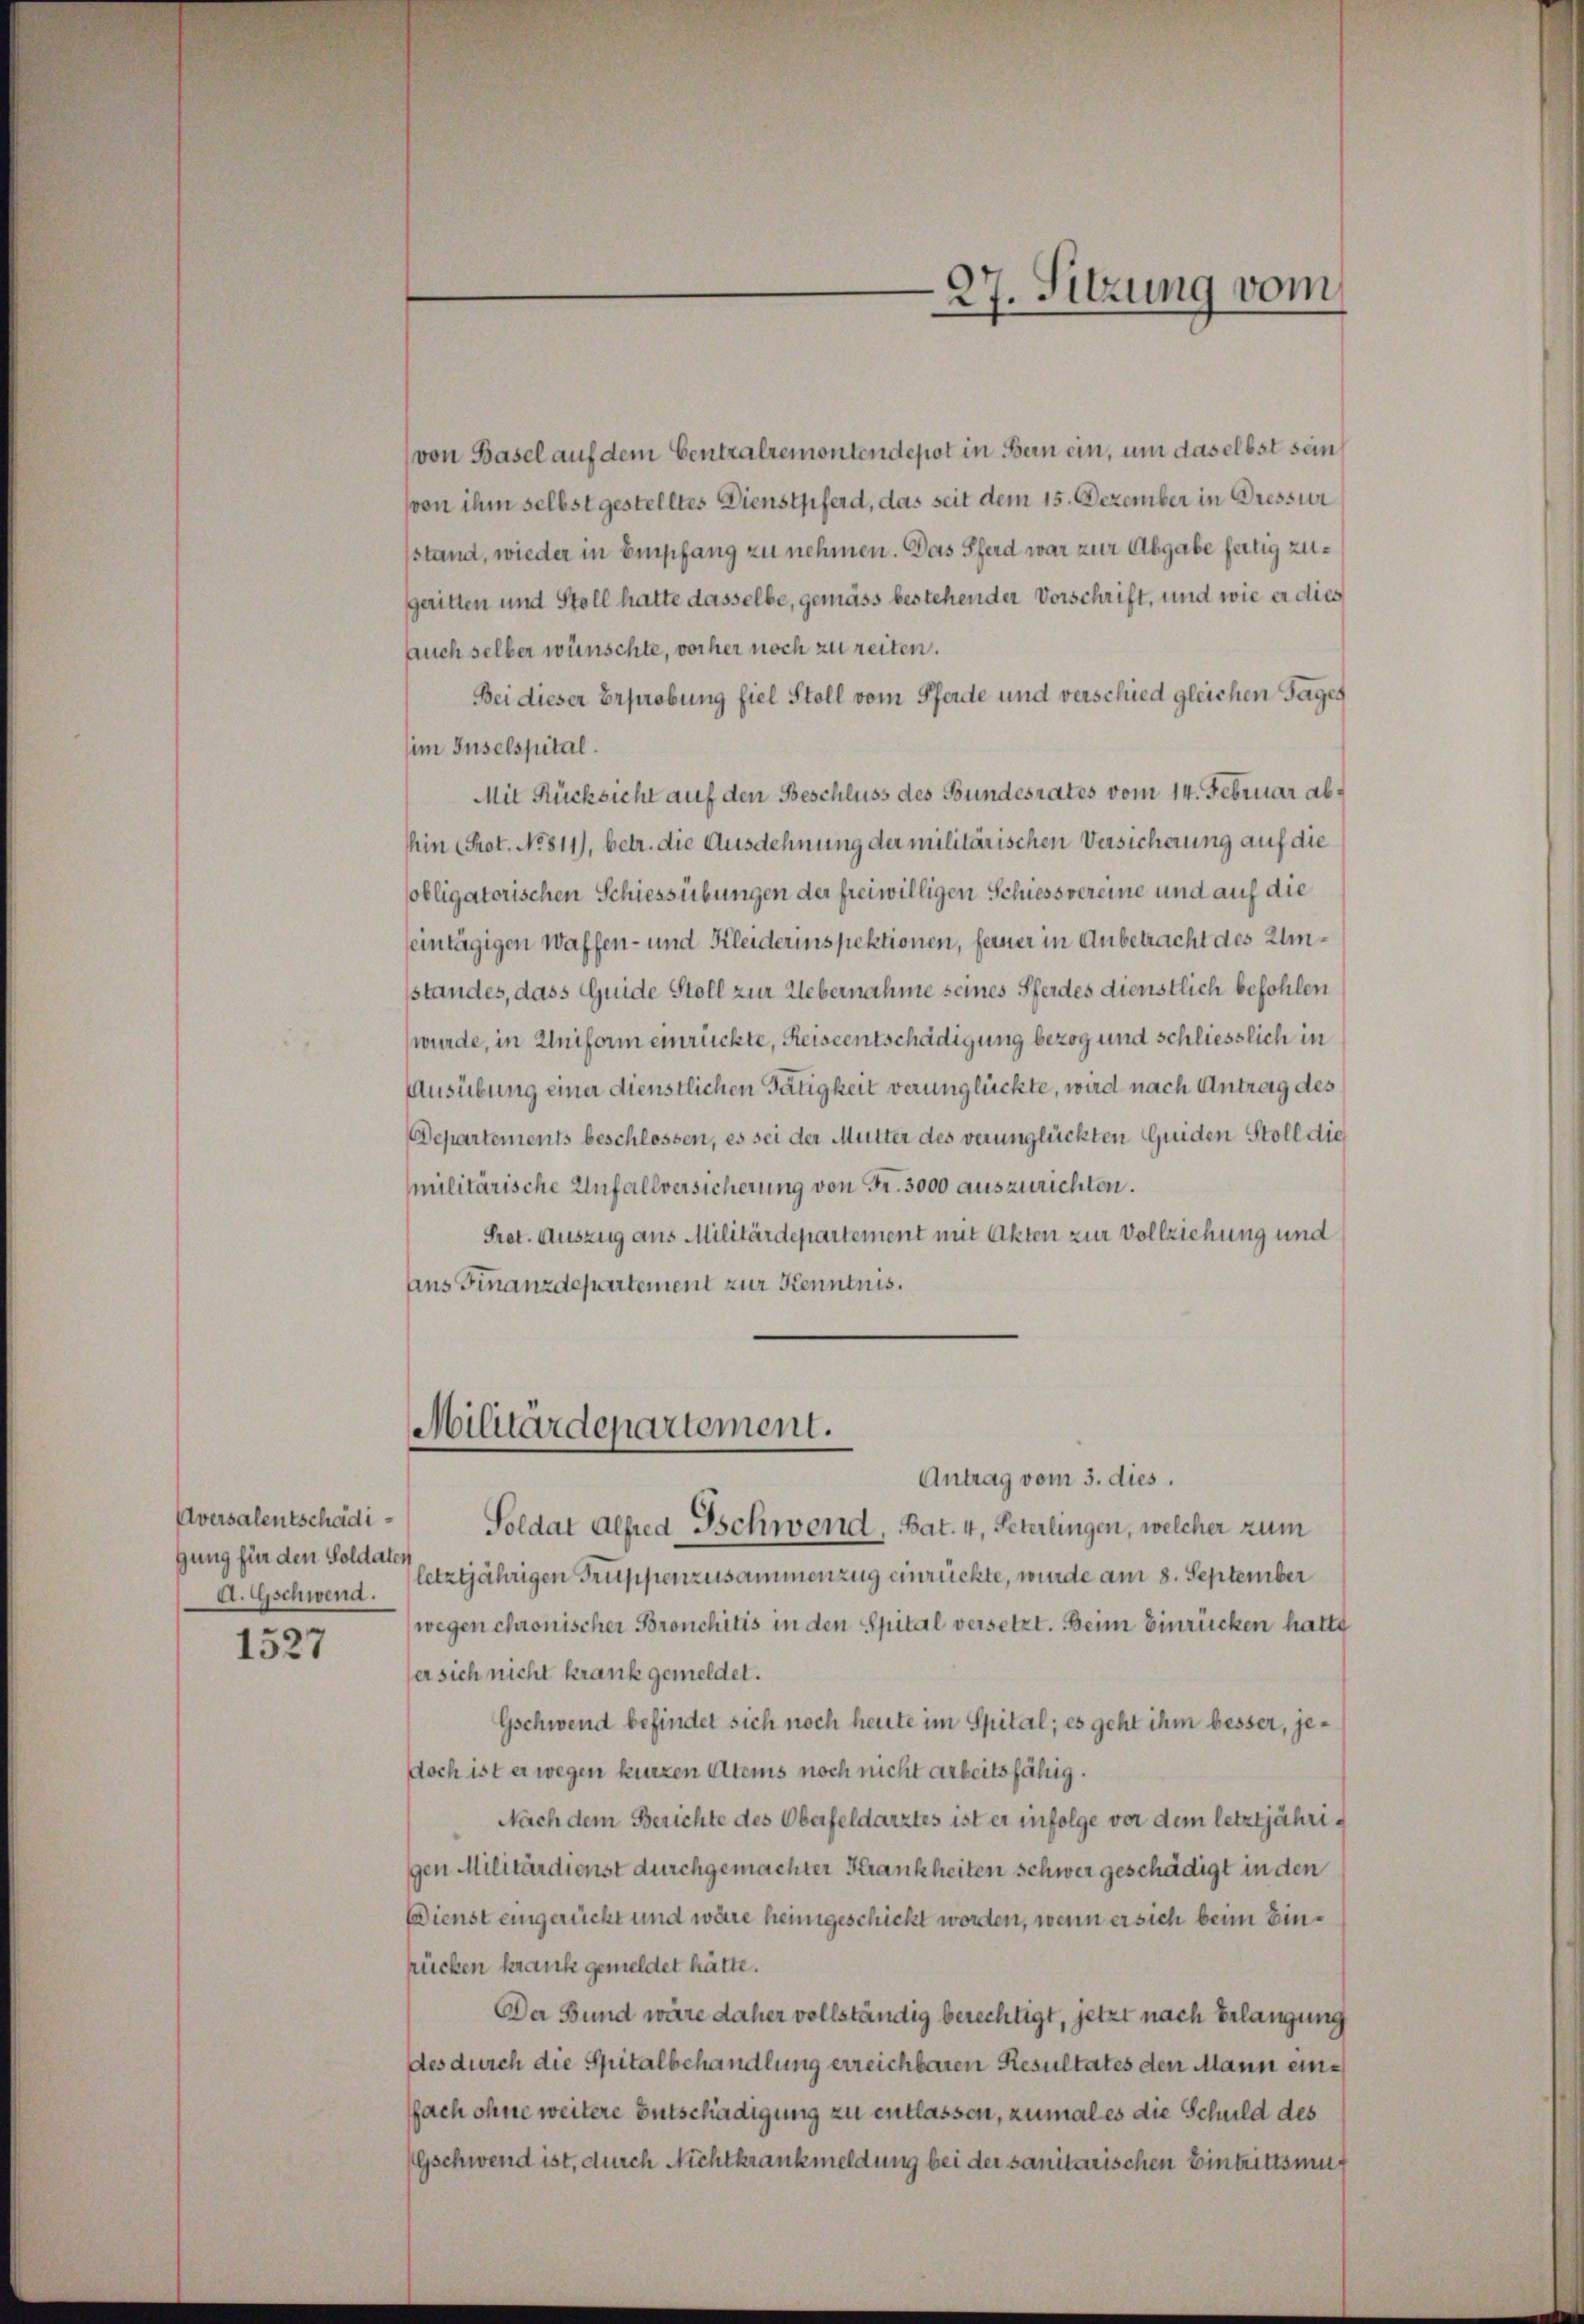
Aversalentschädigung für den Soldaten
A. Gschwend.
1527

von Basel auf dem Centralremontendepot in Bern ein, um daselbst sein
(von ihm selbst gestelltes Dienstpferd, das seit dem 15. Dezember in Dressur
sstand, wieder in Empfang zu nehmen. Das Pferd war zur Abgabe fertig zugeritten und Stell hatte dasselbe, gemäss bestehender Vorschrift, und wie er dies
auch selber wünschte, vorher noch zu reiten.
Bei dieser Erprobung fiel Stoll vom Pferde und verschied gleichen Tages
im Inselspital.
Mit Rücksicht auf den Beschluss des Bundesrates vom 14. Februar abin (Prot. No. 811), betr. die Ausdehnung der militärischen Versicherung auf die
sobligatorischen Schiessübungen der freiwilligen Schiessvereine und auf die
eintägigen Waffen- und Kleiderinspektionen, ferner in Anbetracht des Umstandes, dass Guide Stoll zur Uebernahme seines Pferdes dienstlich befohlen
wurde, in Uniform einrückte, Reiseentschädigung bezog und schliesslich in
Ausübung einer dienstlichen Tätigkeit verunglückte, wird nach Antrag des
Departements beschlossen, es sei der Mutter des verunglückten Guiden Stoll die
militärische Unfallversicherung von Fr. 3000 auszurichten.
Prot. Auszug aus Militärdepartement mit Akten zur Vollziehung und
aus Finanzdepartement zur Kenntnis.

Militärdepartement.
Antrag vom 3. dies.

Soldat Alfred Schwend, Bat. 4, Peterlingen, welcher zum
(letztjährigen Truppenzusammenzug einrückte, wurde am 8. September
wegen chronischer Bronchitis in den Spital versetzt. Beim Einrücken hatte
er sich nicht krank gemeldet.
Gschwend befindet sich noch heute im Spital; es geht ihm besser, jedoch ist er wegen kurzen Atems noch nicht arbeitsfähig.
Nach dem Berichte des Oberfeldarztes ist er infolge vor dem letztjährigen Militärdienst durchgemachter Krankheiten schwer geschädigt in den
Dienst eingerückt und wäre heimgeschickt worden, wenn er sich beim Einrücken krank gemeldet hätte.
Der Bund wäre daher vollständig berechtigt, jetzt nach Erlangung
des durch die Spitalbehandlung erreichbaren Resultates den Mann einffach ohne weitere Entschädigung zu entlassen, zumal es die Schuld des
Gschwend ist, durch Nichtkrankmeldung bei der sanitarischen Eintrittsmut

27. Sitzung vom